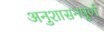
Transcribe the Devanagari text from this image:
अनुशासनपूर्ण